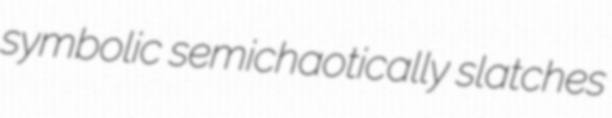
symbolic semichaotically slatches